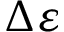
\Delta \varepsilon